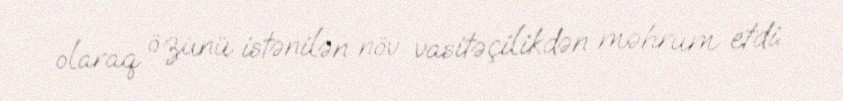
olaraq özünü istənilən növ vasitəçilikdən məhrum etdi.